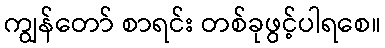
ကျွန်တော် စာရင်း တစ်ခုဖွင့်ပါရစေ။